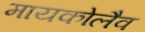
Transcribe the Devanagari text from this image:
मायकोलैव